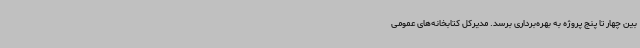
بین چهار تا پنج پروژه به بهره‌برداری برسد. مدیرکل کتابخانه‌های عمومی